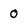
Character: 0